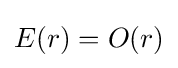
E(r)=O(r)